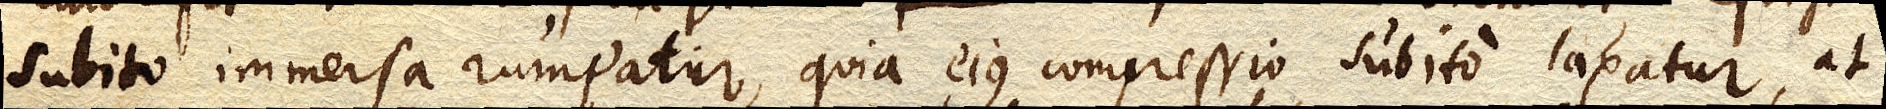
subito immersa rumpatur, quia ejus compressio subito laxatur, at